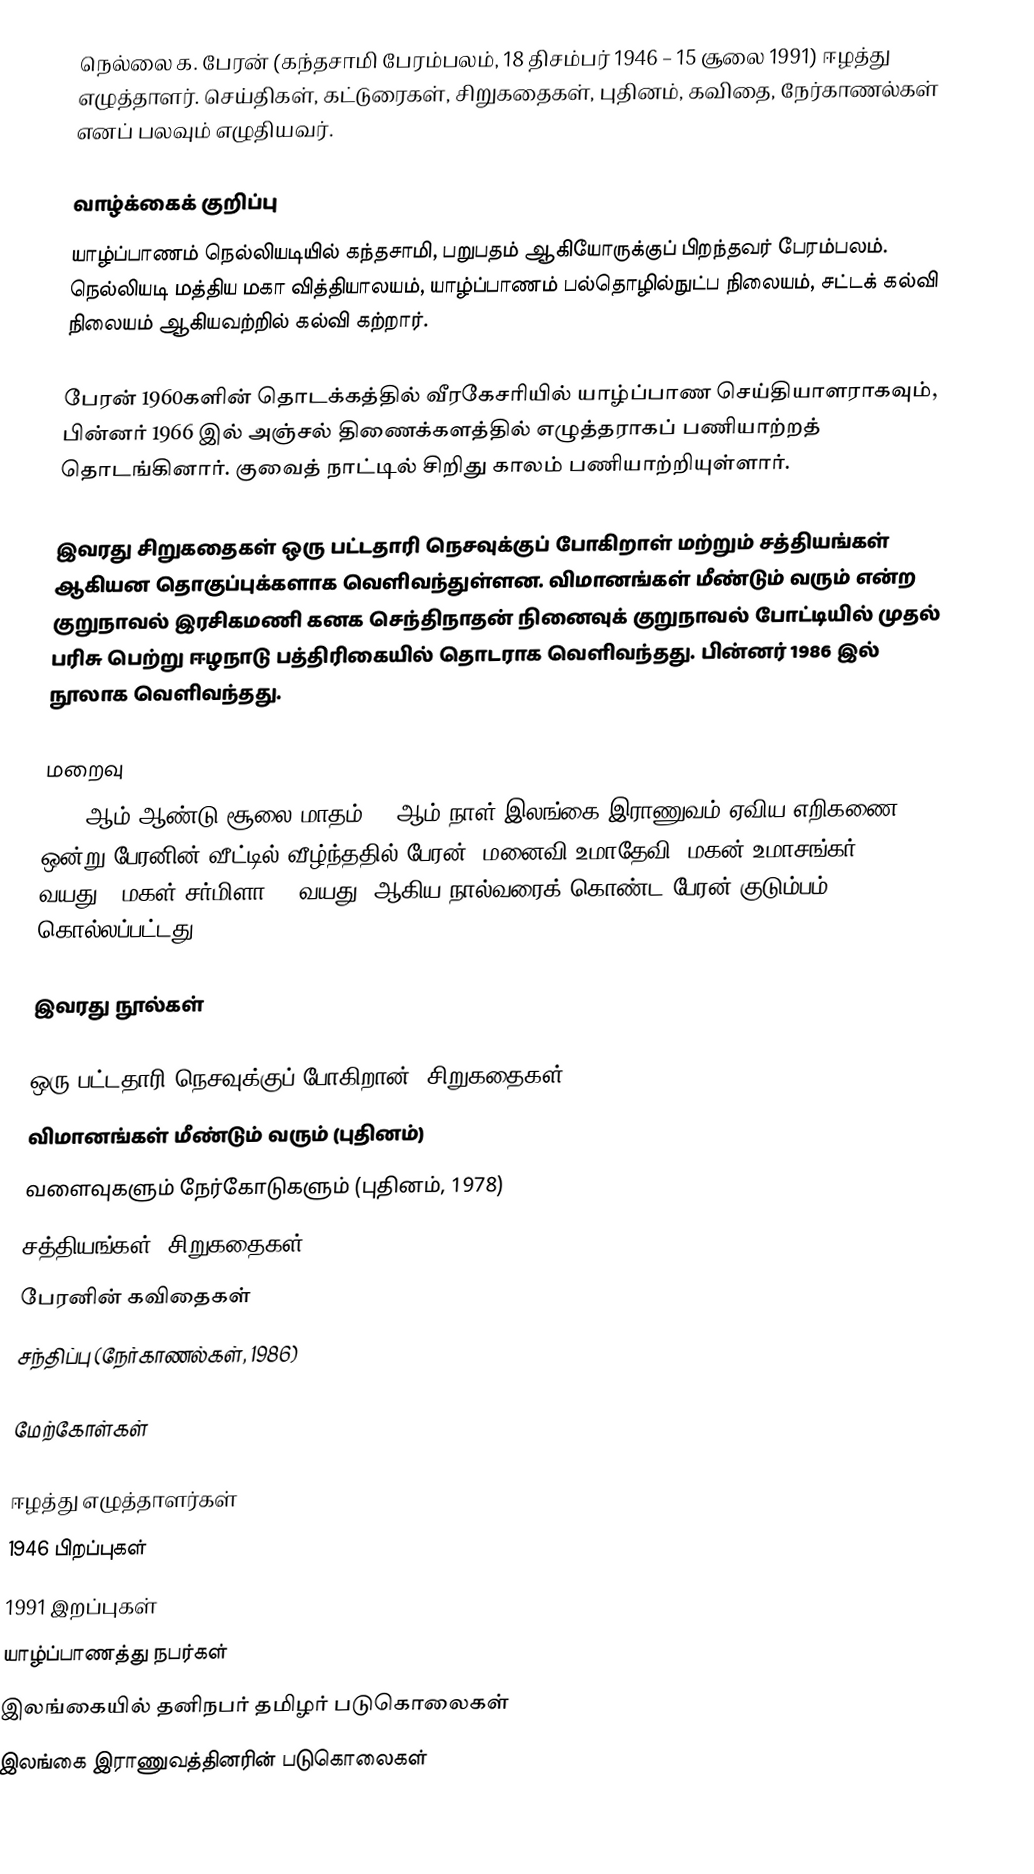
நெல்லை க. பேரன் (கந்தசாமி பேரம்பலம், 18 திசம்பர் 1946 – 15 சூலை 1991) ஈழத்து எழுத்தாளர். செய்திகள், கட்டுரைகள், சிறுகதைகள், புதினம், கவிதை, நேர்காணல்கள் எனப் பலவும் எழுதியவர்.

வாழ்க்கைக் குறிப்பு
யாழ்ப்பாணம் நெல்லியடியில் கந்தசாமி, பறுபதம் ஆகியோருக்குப் பிறந்தவர் பேரம்பலம். நெல்லியடி மத்திய மகா வித்தியாலயம், யாழ்ப்பாணம் பல்தொழில்நுட்ப நிலையம், சட்டக் கல்வி நிலையம் ஆகியவற்றில் கல்வி கற்றார்.

பேரன் 1960களின் தொடக்கத்தில் வீரகேசரியில் யாழ்ப்பாண செய்தியாளராகவும், பின்னர் 1966 இல் அஞ்சல் திணைக்களத்தில் எழுத்தராகப் பணியாற்றத் தொடங்கினார். குவைத் நாட்டில் சிறிது காலம் பணியாற்றியுள்ளார்.

இவரது சிறுகதைகள் ஒரு பட்டதாரி நெசவுக்குப் போகிறாள் மற்றும் சத்தியங்கள் ஆகியன தொகுப்புக்களாக வெளிவந்துள்ளன. விமானங்கள் மீண்டும் வரும் என்ற குறுநாவல் இரசிகமணி கனக செந்திநாதன் நினைவுக் குறுநாவல் போட்டியில் முதல் பரிசு பெற்று ஈழநாடு பத்திரிகையில் தொடராக வெளிவந்தது. பின்னர் 1986 இல் நூலாக வெளிவந்தது.

மறைவு
1991 ஆம் ஆண்டு சூலை மாதம் 15 ஆம் நாள் இலங்கை இராணுவம் ஏவிய எறிகணை ஒன்று பேரனின் வீட்டில் வீழ்ந்ததில் பேரன், மனைவி உமாதேவி, மகன் உமாசங்கர் (14 வயது), மகள் சர்மிளா (7 வயது) ஆகிய நால்வரைக் கொண்ட பேரன் குடும்பம் கொல்லப்பட்டது.

இவரது நூல்கள்

ஒரு பட்டதாரி நெசவுக்குப் போகிறான் (சிறுகதைகள், 1975)
விமானங்கள் மீண்டும் வரும் (புதினம்)
வளைவுகளும் நேர்கோடுகளும் (புதினம், 1978)
சத்தியங்கள் (சிறுகதைகள், 1987)
பேரனின் கவிதைகள்
சந்திப்பு (நேர்காணல்கள், 1986)

மேற்கோள்கள்

ஈழத்து எழுத்தாளர்கள்
1946 பிறப்புகள்
1991 இறப்புகள்
யாழ்ப்பாணத்து நபர்கள்
இலங்கையில் தனிநபர் தமிழர் படுகொலைகள்
இலங்கை இராணுவத்தினரின் படுகொலைகள்